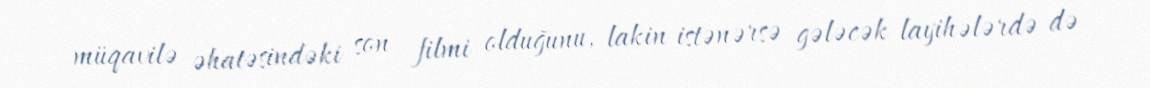
müqavilə əhatəsindəki son filmi olduğunu, lakin istənərsə gələcək layihələrdə də